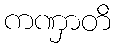
ကဏှာတိ